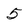
Character: 5